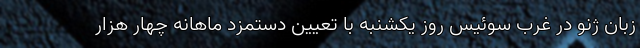
زبان ژنو در غرب سوئیس روز یکشنبه با تعیین دستمزد ماهانه چهار هزار